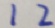
1 2